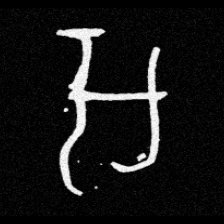
Pyu character \u2014 Myanmar letter: အ (romanized: a)